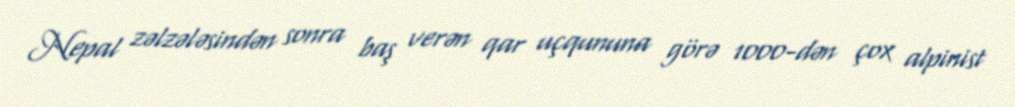
Nepal zəlzələsindən sonra baş verən qar uçqununa görə 1000-dən çox alpinist